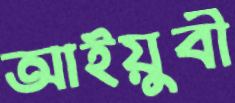
আইয়ুবী